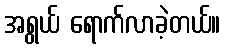
အရွယ် ရောက်လာခဲ့တယ်။